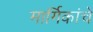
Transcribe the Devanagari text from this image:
मार्गिकांचे